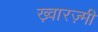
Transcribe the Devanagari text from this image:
ख़्वारज़्मी